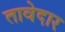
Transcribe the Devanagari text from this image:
तावेदार